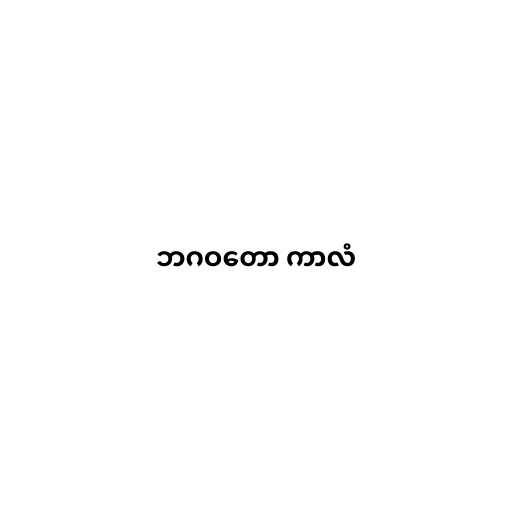
ဘဂဝတော ကာလံ